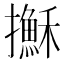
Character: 𢸫